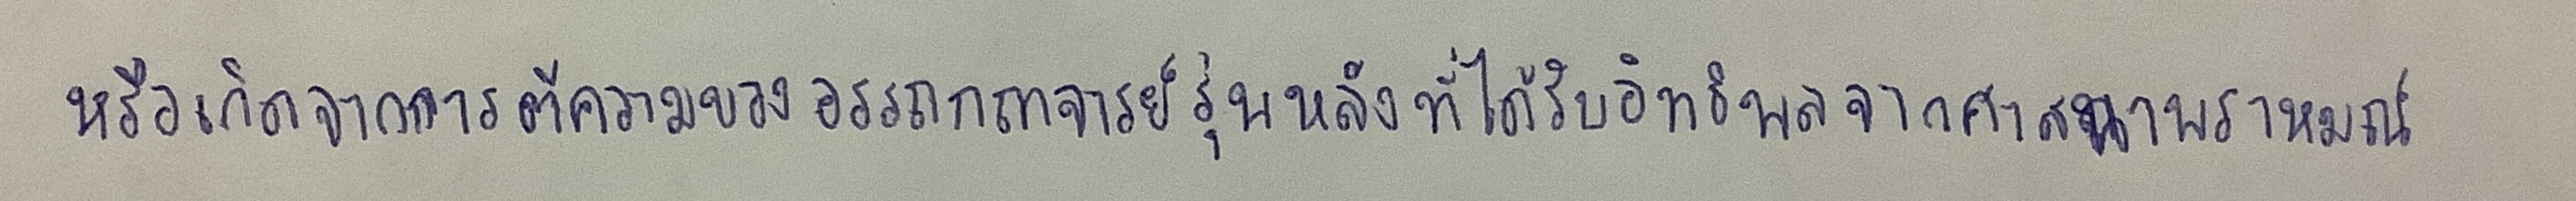
หรือเกิดจากการตีความของอรรถกถาจารย์รุ่นหลังที่ได้รับอิทธิพลจากศาสนาพราหมณ์